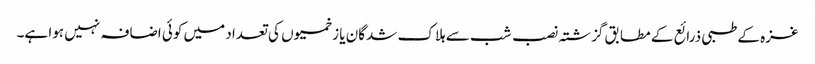
غزہ کے طبی ذرائع کے مطابق گزشتہ نصب شب سے ہلاک شدگان یا زخمیوں کی تعداد میں کوئی اضافہ نہیں ہوا ہے۔